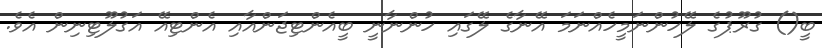
ބީ() ގުރޫޕުގެ ލޭހުންނަމީހެއްނަމަ އޭނާގެ ލޭގައި ހުންނާނީ ބީއެންޓިޖަންއާއި އެންޓިއޭ އަގުލޫޓިނިން އެވެ.